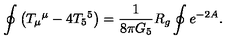
\oint \left( T _ { \mu } { } ^ { \mu } - 4 T _ { 5 } { } ^ { 5 } \right) = { \frac { 1 } { 8 \pi G _ { 5 } } } R _ { g } \oint e ^ { - 2 A } .